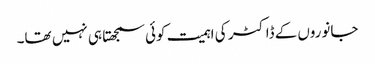
جانوروں‌کے ڈاکٹر کی اہمیت کوئی سمجھتا ہی نہیں تھا۔